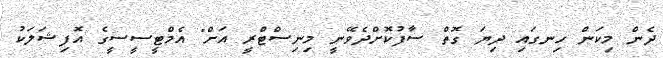
ދެން މިކަން ހިނގައި ދިޔަ ގޮތް ސާފުކޮށްދެވޭނީ މިނިސްޓްރީ އަށް" އެމްޓީސީސީގެ އޮފިޝަލަކު